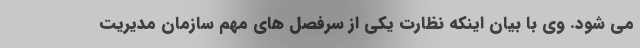
می شود. وی با بیان اینکه نظارت یکی از سرفصل های مهم سازمان مدیریت